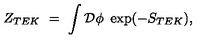
Z _ { T E K } \ = \ \int \mathcal { D } \phi \ \exp ( - S _ { T E K } ) ,